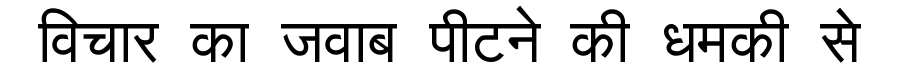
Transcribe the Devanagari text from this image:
विचार का जवाब पीटने की धमकी से